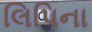
લિપિના